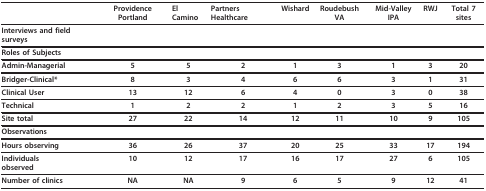
<table><thead><tr><td></td><td><b>Providence Portland</b></td><td><b>El Camino</b></td><td><b>Partners Healthcare</b></td><td><b>Wishard</b></td><td><b>Roudebush VA</b></td><td><b>Mid-Valley IPA</b></td><td><b>RWJ</b></td><td><b>Total 7 sites</b></td></tr></thead><tbody><tr><td><b>Interviews and field surveys</b></td><td></td><td></td><td></td><td></td><td></td><td></td><td></td><td></td></tr><tr><td><b>Roles of Subjects</b></td><td></td><td></td><td></td><td></td><td></td><td></td><td></td><td></td></tr><tr><td> <b>Admin-Managerial</b></td><td><b>5</b></td><td><b>5</b></td><td><b>2</b></td><td><b>1</b></td><td><b>3</b></td><td><b>1</b></td><td><b>3</b></td><td><b>20</b></td></tr><tr><td> <b>Bridger-Clinical*</b></td><td><b>8</b></td><td><b>3</b></td><td><b>4</b></td><td><b>6</b></td><td><b>6</b></td><td><b>3</b></td><td><b>1</b></td><td><b>31</b></td></tr><tr><td> <b>Clinical User</b></td><td><b>13</b></td><td><b>12</b></td><td><b>6</b></td><td><b>4</b></td><td><b>0</b></td><td><b>3</b></td><td><b>0</b></td><td><b>38</b></td></tr><tr><td> <b>Technical</b></td><td><b>1</b></td><td><b>2</b></td><td><b>2</b></td><td><b>1</b></td><td><b>2</b></td><td><b>3</b></td><td><b>5</b></td><td><b>16</b></td></tr><tr><td><b>Site total</b></td><td><b>27</b></td><td><b>22</b></td><td><b>14</b></td><td><b>12</b></td><td><b>11</b></td><td><b>10</b></td><td><b>9</b></td><td><b>105</b></td></tr><tr><td><b>Observations</b></td><td></td><td></td><td></td><td></td><td></td><td></td><td></td><td></td></tr><tr><td> <b>Hours observing</b></td><td><b>36</b></td><td><b>26</b></td><td><b>37</b></td><td><b>20</b></td><td><b>25</b></td><td><b>33</b></td><td><b>17</b></td><td><b>194</b></td></tr><tr><td> <b>Individuals</b><b>observed</b></td><td><b>10</b></td><td><b>12</b></td><td><b>17</b></td><td><b>16</b></td><td><b>17</b></td><td><b>27</b></td><td><b>6</b></td><td><b>105</b></td></tr><tr><td> <b>Number of clinics</b></td><td><b>NA</b></td><td><b>NA</b></td><td><b>9</b></td><td><b>6</b></td><td><b>5</b></td><td><b>9</b></td><td><b>12</b></td><td><b>41</b></td></tr></tbody></table>